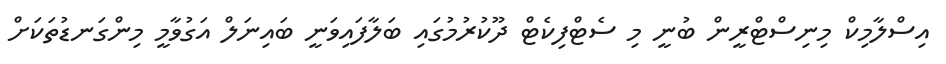
އިސްލާމިކް މިނިސްޓްރީން ބުނީ މި ސެޓްފިކެޓް ދޫކުރުމުގައި ބަލާފައިވަނީ ބައިނަލް އަގުވާމީ މިންގަނޑުތަކަށް